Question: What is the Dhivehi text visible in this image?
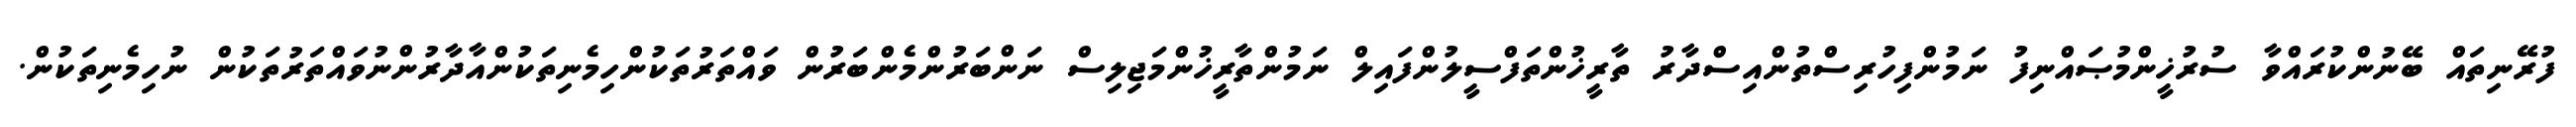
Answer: ފުރޭނިތައް ބޭނުންކުރައްވާ ސުރުޚީންމުޞައްނިފު ނަމުންފިހުރިސްތުންއިސްދާރު ތާރީޚުންތަފްސީލުންފައިލް ނަމުންތާރީޚުންމަޖިލިސް ނަންބަރުންމެންބަރުން ވައްތަރުތަކުންހިމެނިތަކުންއާދާރުންނުވައްތަރުތަކުން ނުހިމެނިތަކުން.